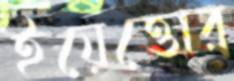
ইয়েত্তোর